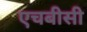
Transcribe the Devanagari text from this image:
एचबीसी